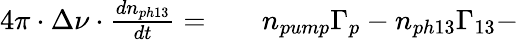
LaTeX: \begin{array}{rlr}{4\pi\cdot\Delta\nu\cdot\frac{dn_{ph13}}{dt}=}&{{}}&{n_{pump}\Gamma_{p}-n_{ph13}\Gamma_{13}-}\end{array}